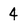
Character: 4